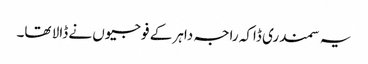
یہ سمندری ڈاکہ راجہ داہر کے فوجیوں نے ڈالا تھا۔